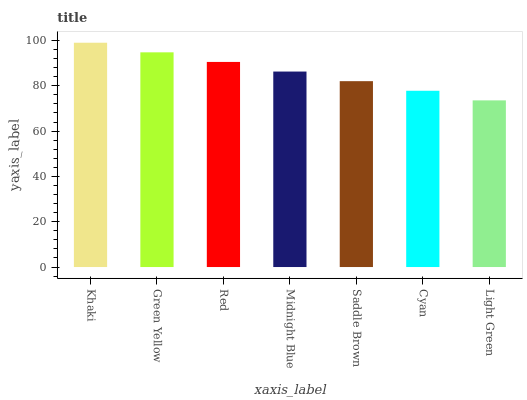
| xaxis_label | bars |
 | --- | --- |
 | Khaki | 99 |
 | Green Yellow | 94.8 |
 | Red | 90.5 |
 | Midnight Blue | 86.3 |
 | Saddle Brown | 82 |
 | Cyan | 77.8 |
 | Light Green | 73.6 |